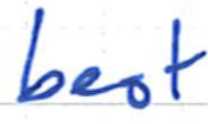
Text: best
Cross-out: clean
Writing tool: ballpoint